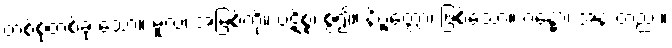
တစ်စုံတစ်ခု သော။ မူလံ၊ အမြစ်ကို။ ပဋိစ္စ၊ စွဲ၍။ နိဗ္ဗတ္တော၊ ဖြစ်သော။ ဂန္ဓော၊ အနံ့ တည်း။